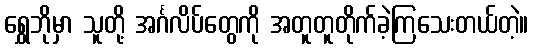
ရွှေဘိုမှာ သူတို့ အင်္ဂလိပ်တွေကို အတူတူတိုက်ခဲ့ကြသေးတယ်တဲ့။